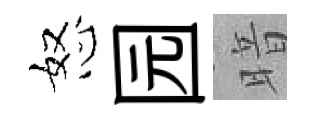
怒园暗